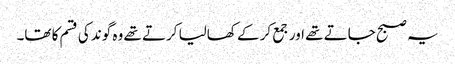
یہ صبح جاتے تھے اور جمع کر کے کھالیا کرتے تھے وہ گوند کی قسم کا تھا۔